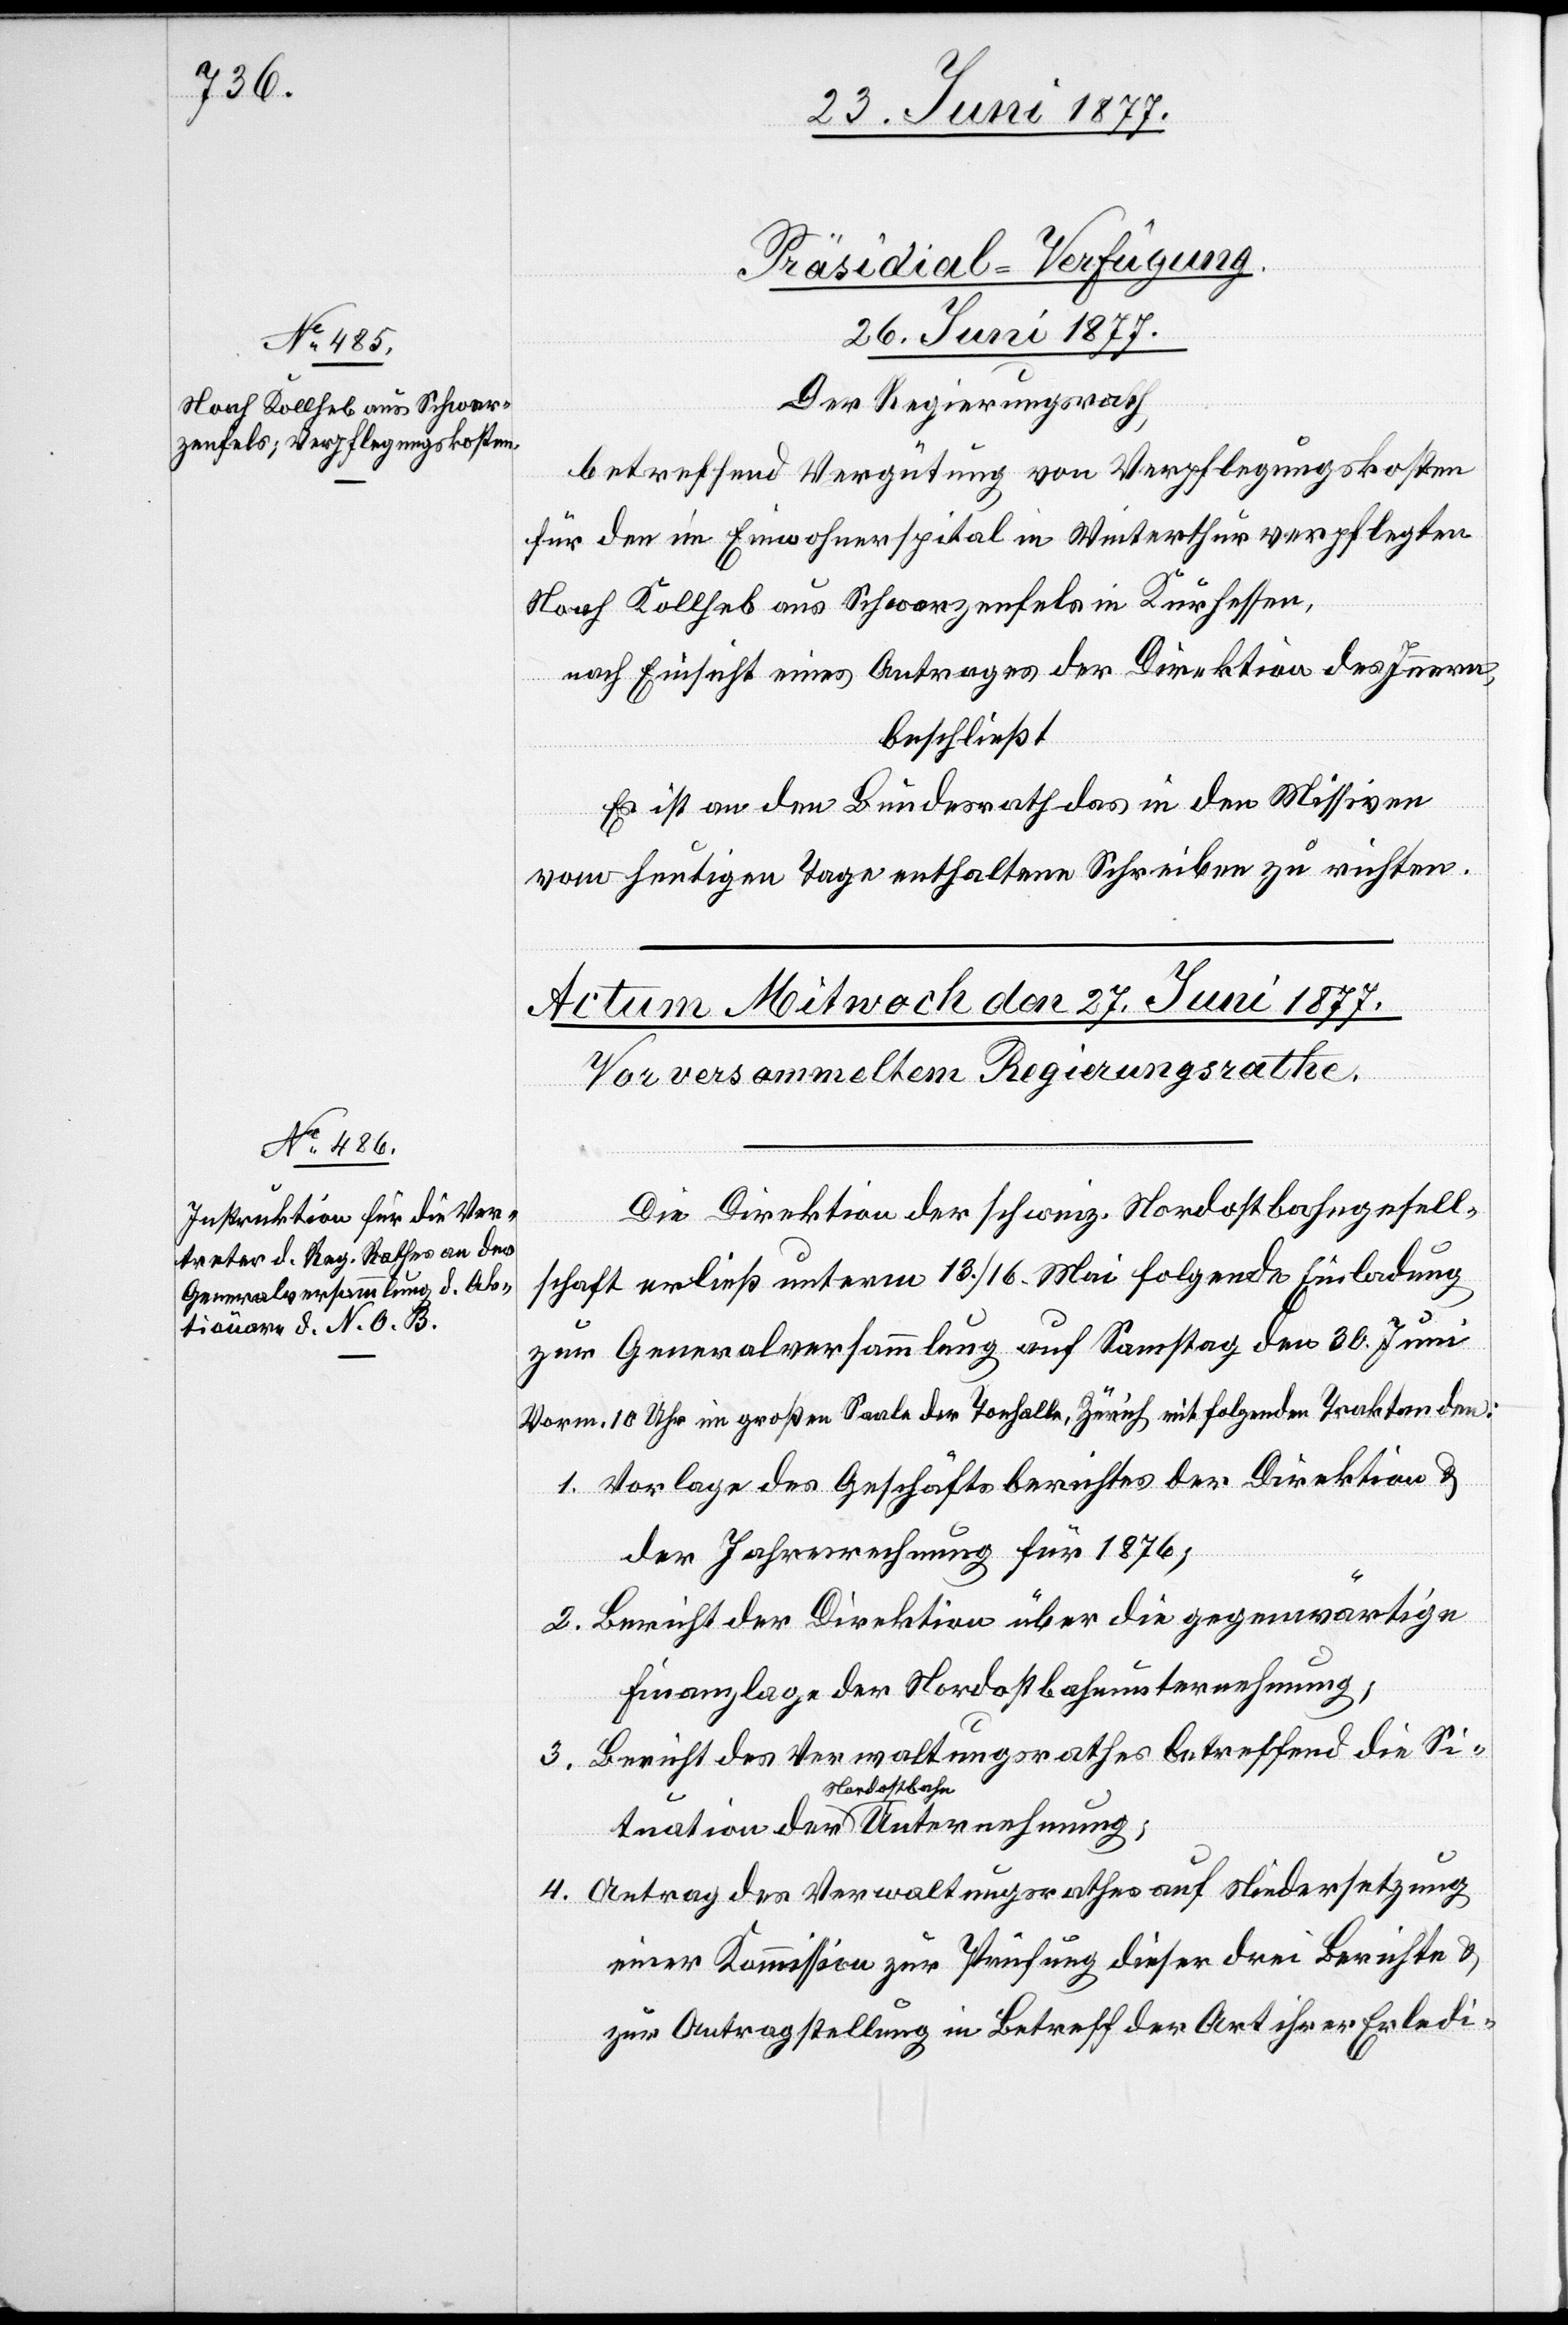
Präsidial-Verfügung
26. Juni 1877.
Der Regierungsrath,
betreffend Vergütung von Verpflegungskosten
für den im Einwohnerspital Winterthur verpflegten
Noah Kollheb aus Schwarzenfels in Kurhessen,
nach Einsicht eines Antrages der Direktion des Innern,
beschließt[:]
ion
Es ist an den Bundesrath das in den Missiven
vom heutigen Tage enthalten Schreiben zu richten.
Die Direktion der schweiz. Nordostbahngesell¬
schaft erließ unterm 13./16. Mai folgende Einladung
zur Generalversammlung auf Samstag den 30. Juni
Vorm. 10 Uhr im großen Saal der Tonhalle, Zürich, mit folgenden Traktanden:
1. Vorlage des Geschäftsberichtes der Direktion &
der Jahresrechnung für 1876;
2. Bericht der Direktion über die gegenwärtige
Finanzlage der Nordostbahnunternehmung;
3. Bericht des Verwaltungsrathes betreffend die Situ¬
4. Antrag des Verwaltungsrathes auf Niedersetzung
einer Kommission zur Prüfung dieser drei Berichte &
zur Antragstellung in Betreff der Art ihrer Erledi-